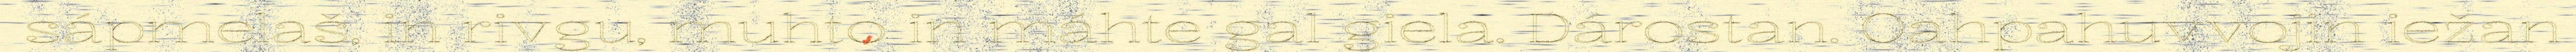
sápmelaš, in rivgu, muhto in máhte gal giela. Dárostan. Oahpahuvvojin iežan